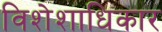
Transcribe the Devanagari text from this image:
विशेशाधिकार